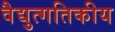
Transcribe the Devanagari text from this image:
वैद्युत्गतिकीय